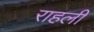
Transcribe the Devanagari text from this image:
राहली